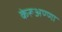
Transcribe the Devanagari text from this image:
केरूअण्णा